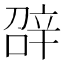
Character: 𨐓